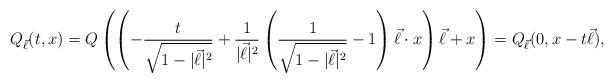
LaTeX: \begin{align*} Q_{\vec \ell} (t,x) = Q \left (\left ( -\frac{t}{\sqrt{1 - |\vec \ell|^2}} + \frac{1}{|\vec \ell|^2} \left ( \frac{1}{\sqrt{1 - |\vec \ell|^2}} - 1 \right )\vec \ell \cdot x\right ) \vec \ell + x\right )= Q_{\vec \ell}(0, x - t\vec \ell),\end{align*}